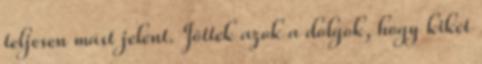
teljesen mást jelent. Jöttek azok a dolgok, hogy kiket